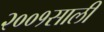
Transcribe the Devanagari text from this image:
२००१साली